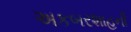
અકબરશાહની